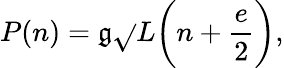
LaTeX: P(n)=\mathfrak{g}\sqrt{}{L}\bigg(n+\frac{{e}}{{2}}\bigg),